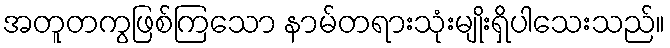
အတူတကွဖြစ်ကြသော နာမ်တရားသုံးမျိုးရှိပါသေးသည်။